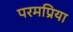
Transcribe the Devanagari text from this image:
परमप्रिया